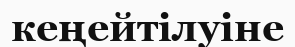
кеңейтілуіне